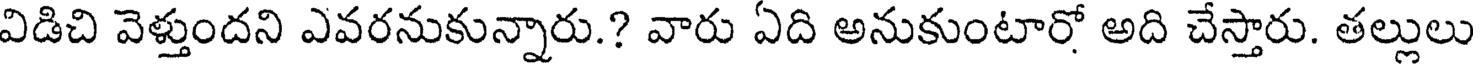
విడిచి వెళ్తుందని ఎవరనుకున్నారు.? వారు ఏది అనుకుంటారో అది చేస్తారు. తల్లులు